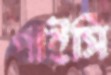
পাইসি